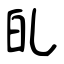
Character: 癿